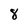
Character: 8